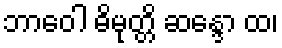
ဘာဝေါ ဓိမုတ္တိ ဆန္ဒော ထ၊